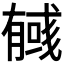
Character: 𢒰